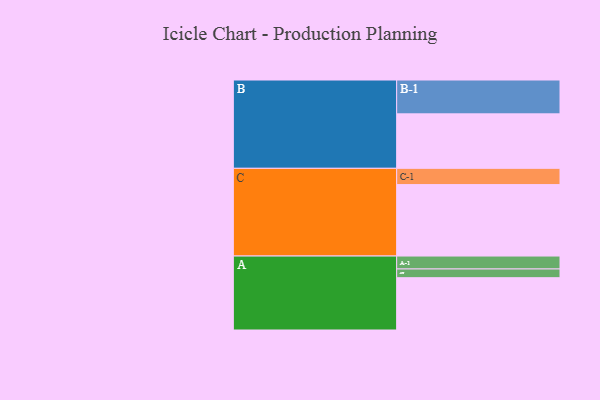
{"axis": {"x": "Segment", "y": "Value"}, "legend": ["", "A", "B", "C"], "data": [{"x": "A", "y": 437, "type": ""}, {"x": "B", "y": 455, "type": ""}, {"x": "C", "y": 597, "type": ""}, {"x": "A-1", "y": 108, "type": "A"}, {"x": "A-2", "y": 73, "type": "A"}, {"x": "B-1", "y": 283, "type": "B"}, {"x": "C-1", "y": 136, "type": "C"}]}